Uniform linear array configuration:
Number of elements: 16
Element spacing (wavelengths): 1
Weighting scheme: hamming
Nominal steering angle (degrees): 15
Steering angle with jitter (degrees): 13.1
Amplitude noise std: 0.05
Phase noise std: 0.05

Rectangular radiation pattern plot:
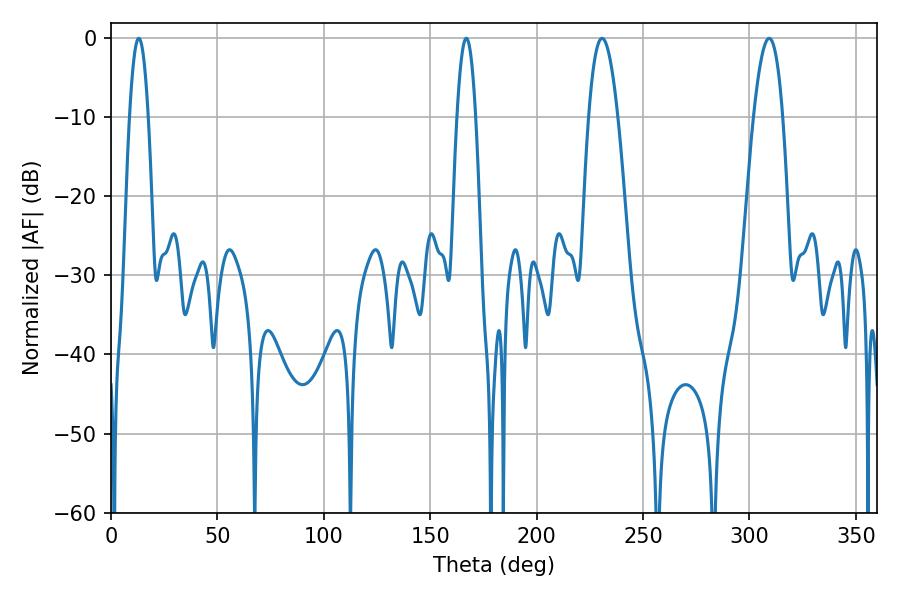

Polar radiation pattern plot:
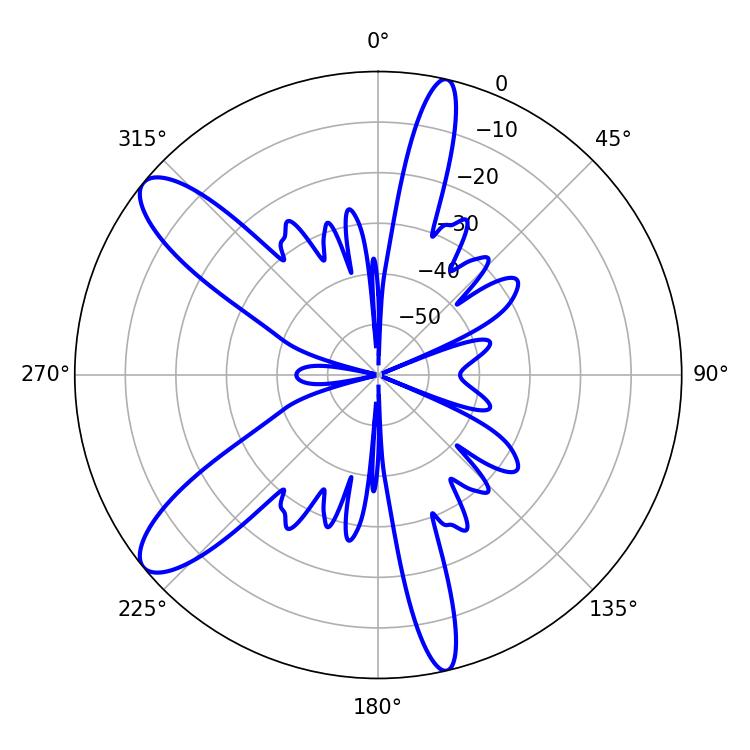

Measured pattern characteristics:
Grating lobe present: TRUE
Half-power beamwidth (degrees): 7.56
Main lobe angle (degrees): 309.24